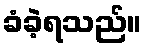
ခံခဲ့ရသည်။